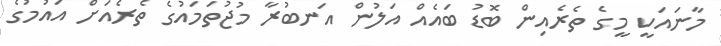
މާނައަކީ މީގެ ތެރެއިން ބޮޑު ބައެއް އަލުން އަނބުރާ މުޖުތަމައުގެ ތެރެއަށް އައުމުގެ